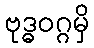
ဗုဒ္ဓဝဂ္ဂမှိ